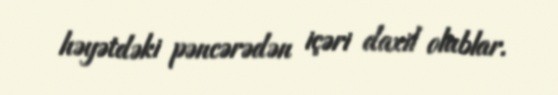
həyətdəki pəncərədən içəri daxil olublar.